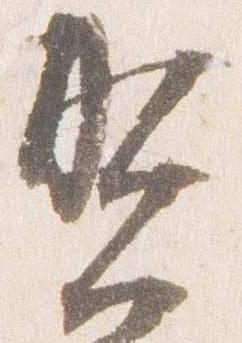
賀